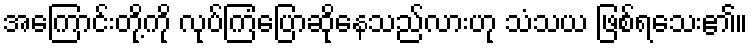
အကြောင်းတို့ကို လုပ်ကြံပြောဆိုနေသည်လားဟု သံသယ ဖြစ်ရသေး၏။